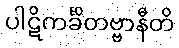
ပါဋိကင်္ခိတဗ္ဗာနီတိ